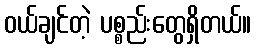
ဝယ်ချင်တဲ့ ပစ္စည်းတွေရှိတယ်။